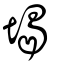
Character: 堨